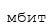
мбит